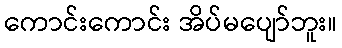
ကောင်းကောင်း အိပ်မပျော်ဘူး။